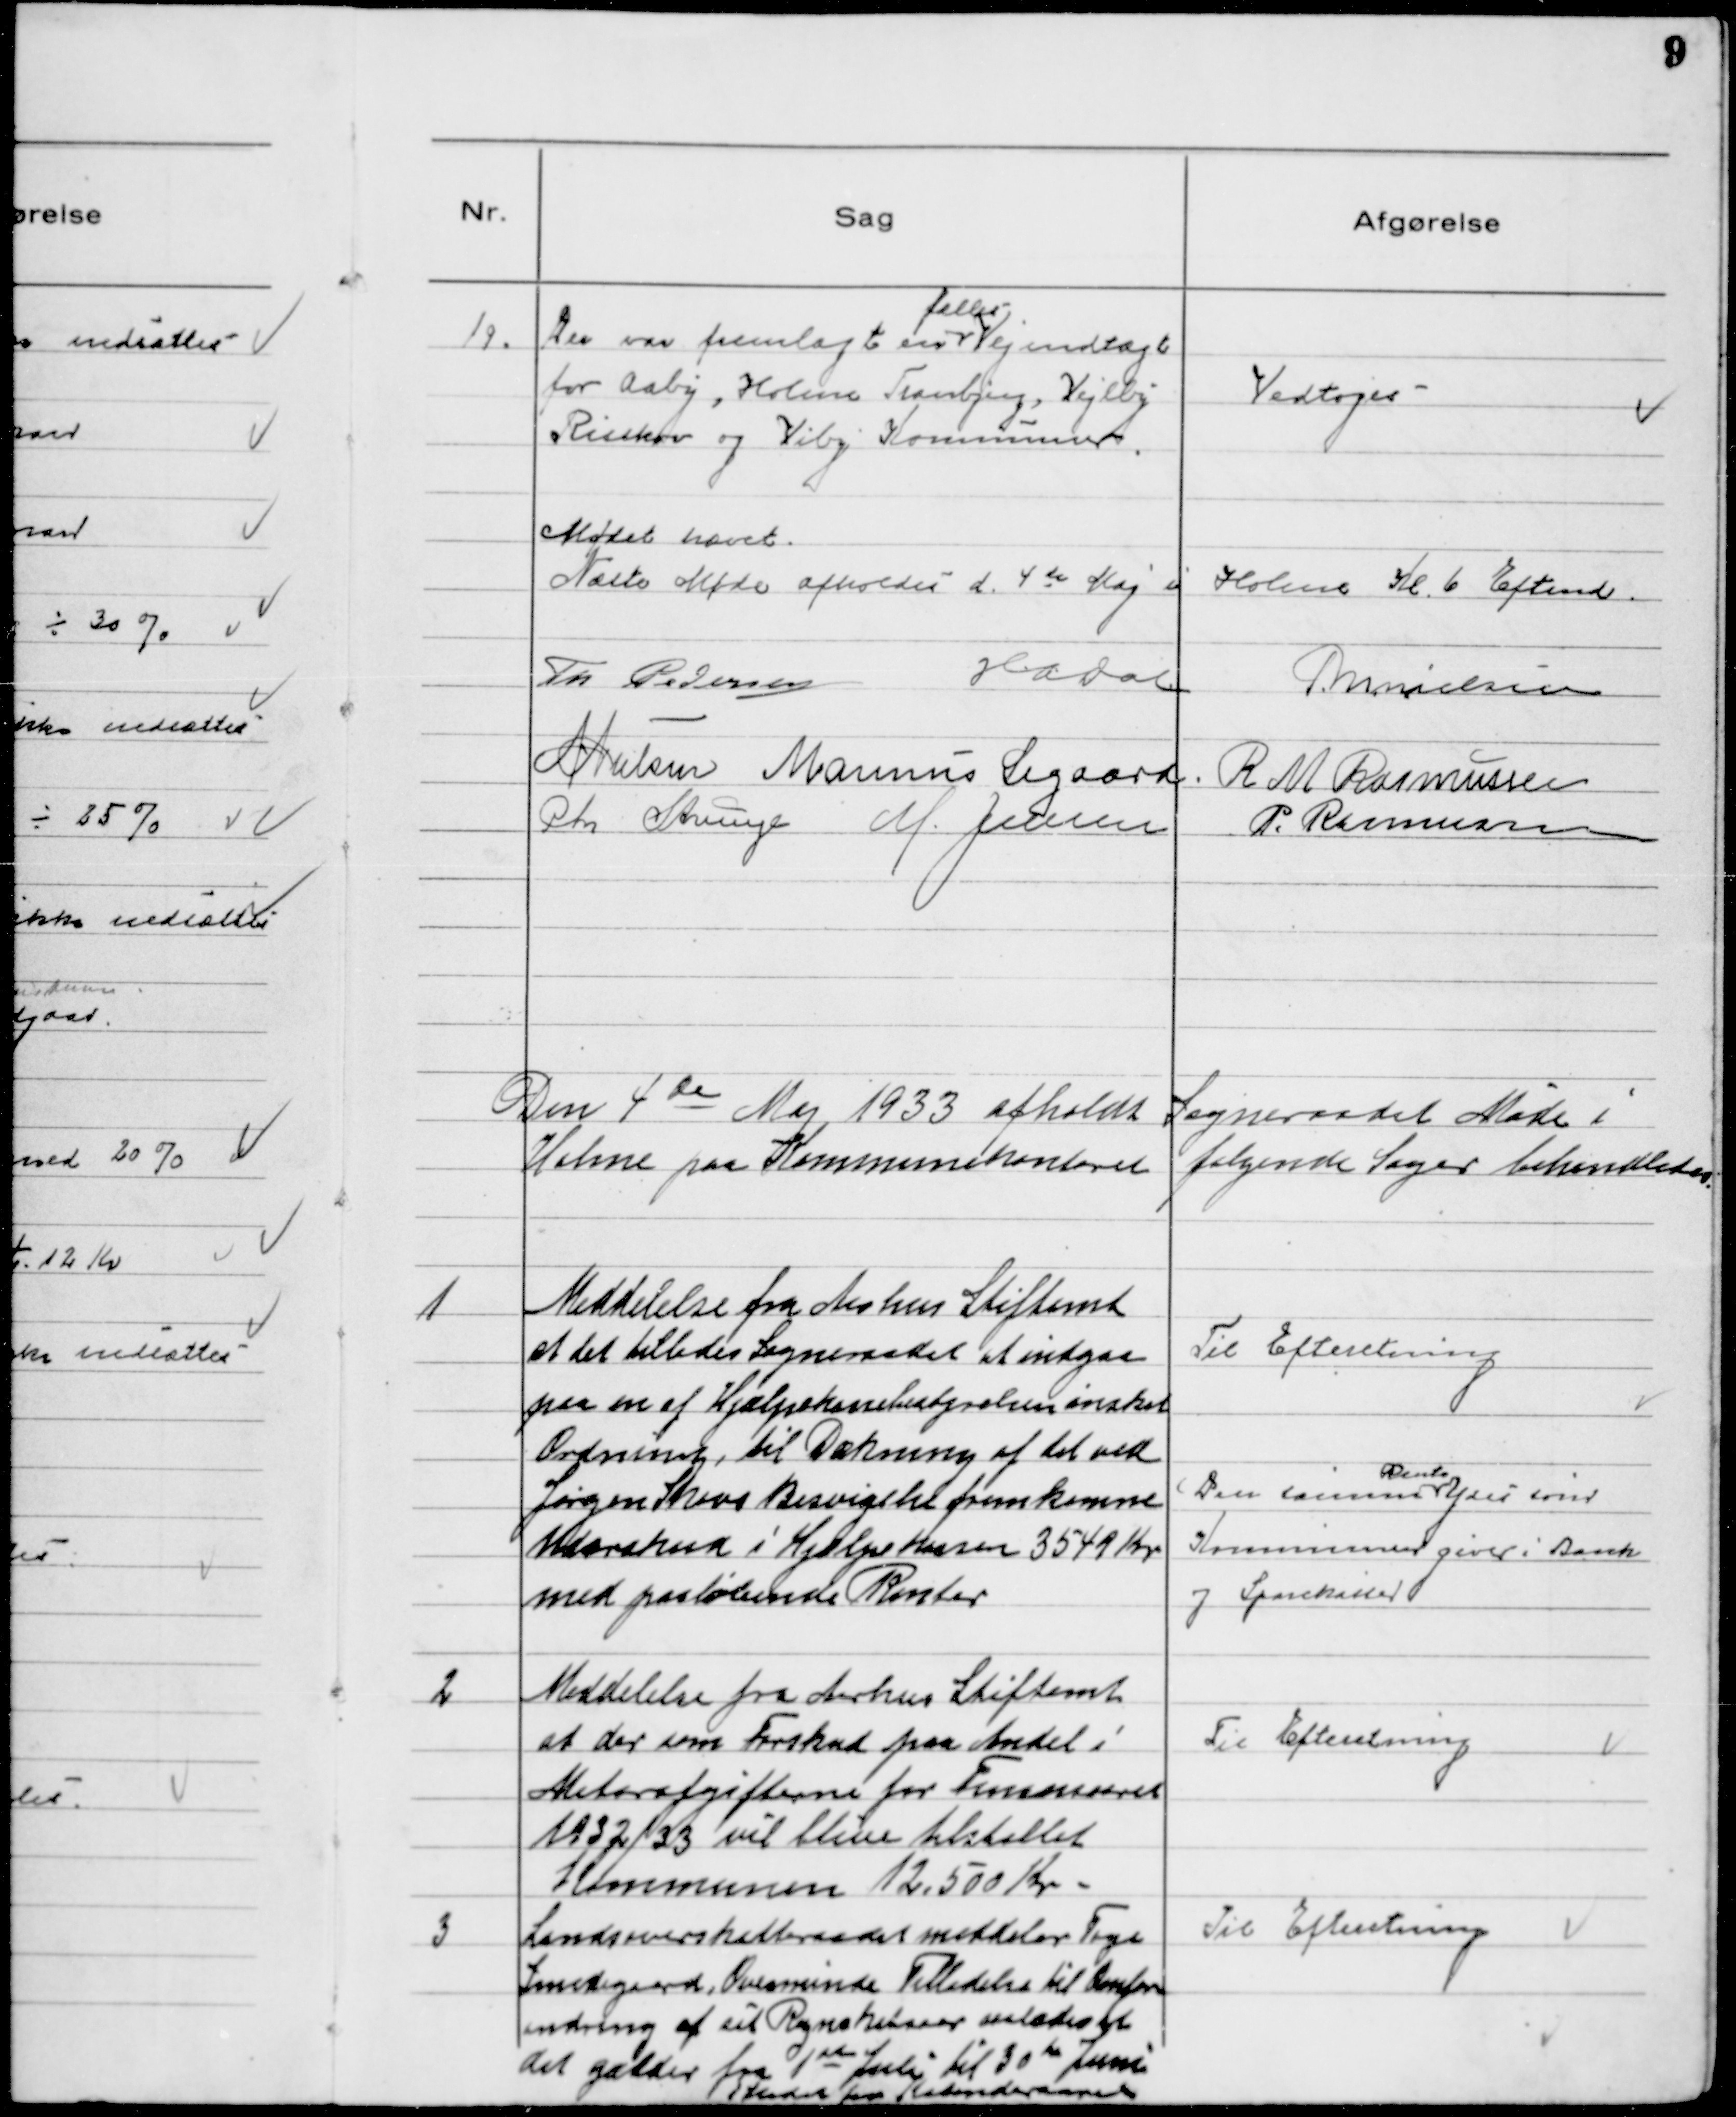
Transskription:
19.
Der var fremlagt en
fælles
Vejindtægt
for Aaby, Holme Tranbjerg, Vejlby
Risskov og Viby Kommuner.

Vedtoges

Mødet hævet.
Næste Møde afholdes d. 4 de Maj i Holme Kl. 6 Eftmd.
Th Pedersen
HADal
M. Nielsen
N. Nielsen Marinus Sigaard. R M Rasmussen
Chr Strunge M. Jensen
P. Rasmussen

Den 4 de Maj 1933 afholdt Sogneraadet Møde i
Holme paa Kommunekontoret følgende Sager behandledes.

1
Meddelelse fra Aarhus Stiftamt
at det tillader Sogneraadet at indgaa
paa en af Hjælpekassebestyrelsen ønsket
Ordning, til Dækning af det ved
Jørgen Skovs Besvigelse fremkomne
Underskud i Hjælpekassen 3549 Kr
med paaløbende Renter

Til Efteretning
Den samme
Rente
Ydes som
Kommunen giver i Bank
og Sparekasse

2
Meddelelse fra Aarhus Stiftamt
at der som Forskud paa Andel i
Motorafgifterne for Finansaaret
1932/33 vil blive tilstillet
Kommunen 12.500 Kr.

Til Efteretning

3
Landsoverskatteraadet meddeler Tage
Smedegaard, Ovesminde Tilladelse til Omfor
andring af sit Regnskabsaar saaledes at
det gælder fra 1ste Juli til 30 de Juni
i stedet for Kalenderaaret

Til Efteretning